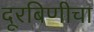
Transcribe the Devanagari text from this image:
दूरबिणीचा